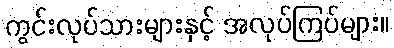
ကွင်းလုပ်သားများနှင့် အလုပ်ကြပ်များ။